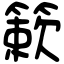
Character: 簌